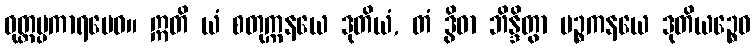
ဝုတ္တပ္ပကာရမေဝ။ ဣတိ ယံ စတုက္ကနယေ ဒုတိယံ, တံ ဒွိဓာ ဘိန္ဒိတွာ ပဉ္စကနယေ ဒုတိယဉ္စေဝ